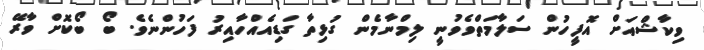
ވިކާޝްއަށް އޮފީހުން ސަލާމަތްވެވުނީ ލިމްނާމެން ގުޅިތާ ގަޑިއެއްހާއިރު ފަހުންނެވެ. ބޯ ބޯކޮށް ވާރޭ